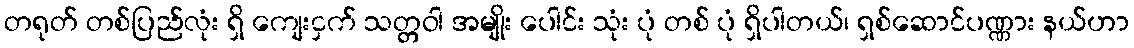
တရုတ် တစ်ပြည်လုံး ရှိ ကျေးငှက် သတ္တဝါ အမျိုး ပေါင်း သုံး ပုံ တစ် ပုံ ရှိပါတယ်၊ ရှစ်ဆောင်ပဏ္ဏား နယ်ဟာ